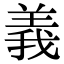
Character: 義